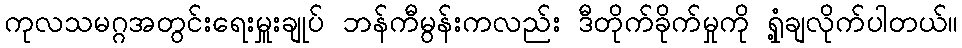
ကုလသမဂ္ဂအတွင်းရေးမှူးချုပ် ဘန်ကီမွန်းကလည်း ဒီတိုက်ခိုက်မှုကို ရှုံ့ချလိုက်ပါတယ်။